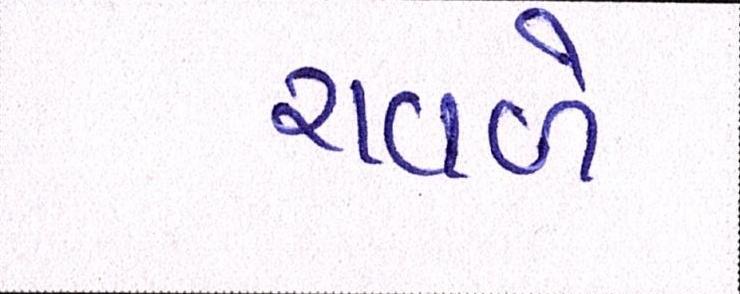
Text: રાવળે